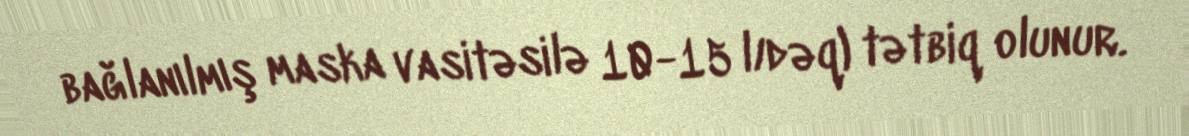
bağlanılmış maska vasitəsilə 10-15 l/dəq) tətbiq olunur.